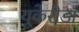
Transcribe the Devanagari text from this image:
यूकेरीडा